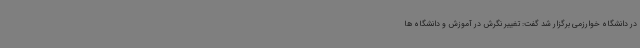
در دانشگاه خوارزمی برگزار شد گفت: تغییر نگرش در آموزش و دانشگاه ها